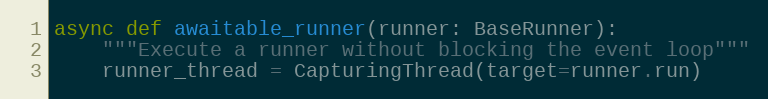
Language: Python
async def awaitable_runner(runner: BaseRunner):
    """Execute a runner without blocking the event loop"""
    runner_thread = CapturingThread(target=runner.run)